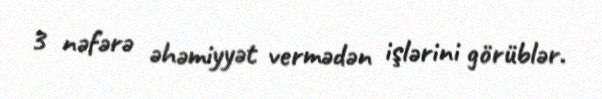
3 nəfərə əhəmiyyət vermədən işlərini görüblər.